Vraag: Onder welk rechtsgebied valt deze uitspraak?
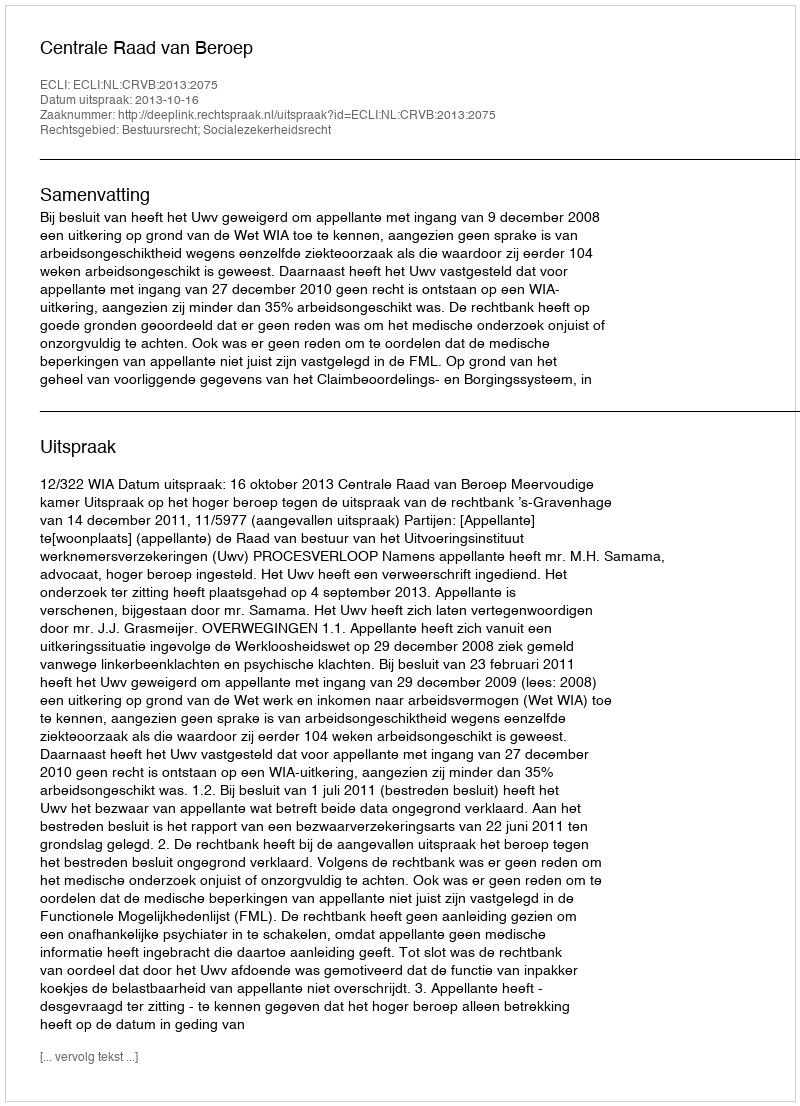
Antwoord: Bestuursrecht; Socialezekerheidsrecht